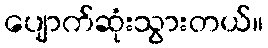
ပျောက်ဆုံးသွားတယ်။